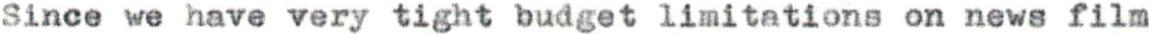
Since we have very tight budget limitations on news film